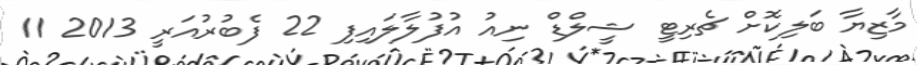
މާޒިޔާ ބަލިކޮށް ޗެރިޓީ ޝީލްޑް ނިއު އުފުލާލައިފި 22 ފެބުރުއަރީ 2013 11